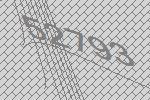
52793